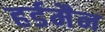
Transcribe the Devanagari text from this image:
हर्डमैन